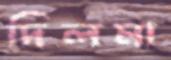
দিলমা